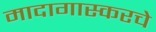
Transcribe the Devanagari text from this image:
मादागास्करचे